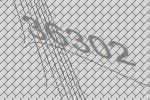
36302